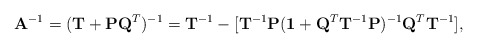
\begin{align*}{\bf A}^{-1}=({\bf T} + {\bf P}{\bf Q}^T)^{-1}={\bf T}^{-1} - [ {\bf T}^{-1} {\bf P} ({\bf 1} + {\bf Q}^T {\bf T}^{-1} {\bf P})^{-1} {\bf Q}^T {\bf T}^{-1}],\end{align*}